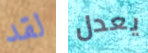
لقد يعدل